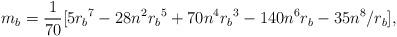
LaTeX: \begin{align*}m_b={1\over 70}[5{r_b}^7 - 28n^{2}{r_b}^5 + 70n^4{r_b}^3 - 140n^{6}{r_b}- 35n^8/r_b] ,\end{align*}